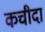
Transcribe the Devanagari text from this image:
कचीदा